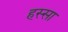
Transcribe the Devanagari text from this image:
हस्सा